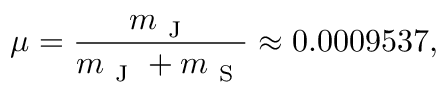
\mu = \frac { m _ { \mathrm { ~ J ~ } } } { m _ { \mathrm { ~ J ~ } } + m _ { \mathrm { ~ S ~ } } } \approx 0 . 0 0 0 9 5 3 7 ,